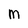
Character: M